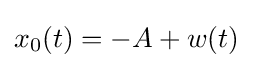
x_{0}(t)=-A+w(t)